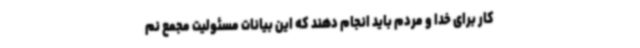
کار برای خدا و مردم باید انجام دهند که این بیانات مسئولیت مجمع نم